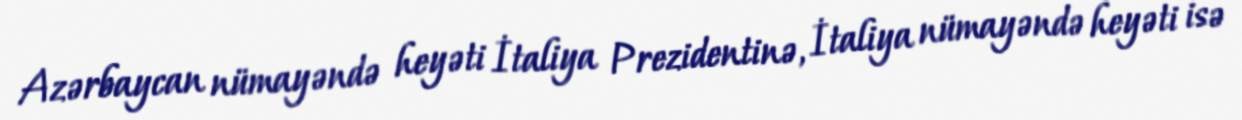
Azərbaycan nümayəndə heyəti İtaliya Prezidentinə, İtaliya nümayəndə heyəti isə